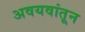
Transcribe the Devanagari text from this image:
अवयवांतून